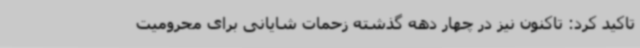
تاکید کرد: تاکنون نیز در چهار دهه گذشته زحمات شایانی برای محرومیت